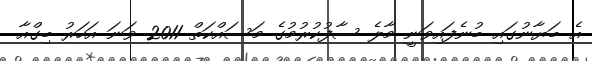
އެ ބަޔާނުގައި ބުނެފައިވަނީ މާލެ ސާފުކުރުމުގެ މަސައްކަތް 2011 ވަނަ އަހަރު ބިގްއާ